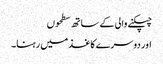
چپکنے والی کے ساتھ سطحوں
اور دوسرے کاغذ میں رہنا۔